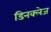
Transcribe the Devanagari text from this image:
डिनक्लेज